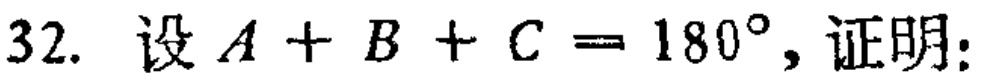
32. 设 \(A + B + C = 180^{\circ}\)，证明: